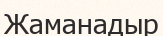
Жаманадыр